Leaving Certificate Examination (including Day School Certificate (Higher) General paper), 1929
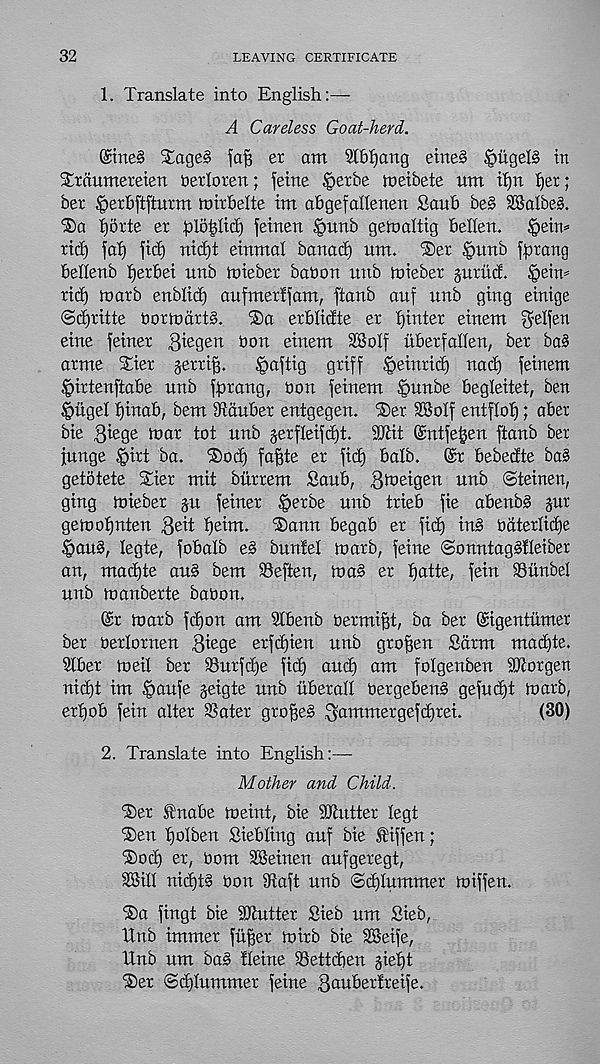
32
LEAVING CERTIFICATE
1. Translate into English:—
A Careless Goat-herd.
©ne§ Staged faf? er am Slfifjang eme§ |)ugel§ in
Sraumeretett berloren; feme §erbe meibete um tf)n l)er;
ber ^erbftfturm toirbelte im afigefallenen Sattb be§ 3®albe§.
iSa f)orte er folo^ltcJ) feinen §unb getoaltig bellen.
§em=
rid) fat) fid) nid)t einmal banad) um. ®er ^unb [prang
bellenb perbei unb mieber babon unb toieber jutitd. §ein=
rid) marb enblid) aufmerlfam, ftanb auf unb ging einige
©djritte bortotirtS.
®a erblidte er pinter eiuem f^elfen
eine feiner B^gen bon einem 28olf uberfallen, ber ba§
arme Xier jerrig.
Zaftig griff §einrid) nad) feinem
§irtenftabe unb fprang, bon feinem ^unbe begleitet, ben
|>ugel pinab, bem iftduber entgegen. ®er SBolf entflop; aber
bie B^ge bmr tot unb jerfleifcpt. fet (Sntfepen ftanb ber
[unge ^>irt ba. Steep fapte er ficp balb. @r bebedte ba§
getotete Slier mit burrem Saub, Bteeigen unb Steinen,
ging teieber ju feiner §erbe unb trieb fie abenb§ §ur
geteopnten Beit peim. S)ann begab er ficp in§ bdterliepe
§au§, legte, fobalb e§ buntel toarb, feine ©onntag§!leiber
an, maepte au§ bem SSeften, toa§ er patte, fein iBunbel
unb toanberte babon.
©r toarb fepon am Stbenb bermigt, ba ber ©igentiimer
ber berlornen Btege erfdpien unb grofjen Sdrm maepte.
Slber toeil ber SSurfcpe fitp aucp am folgenben Morgen
niept im §aufe jeigte unb liberall bergeben§ gefuept toarb,
erpob fein alter SSater gropes jammergefeprei.
(30)
2. Translate into English:—
Mother and Child.
S)er fnabe toeint, bie Gutter legt
S)en polben Siebling auf bie Stiffen;
Steep er, bom SBeinen aufgeregt,
SSill nicpt§ bon deaft unb ©dplummer toiffen.
S)a fingt bie Gutter Sieb um Steb,
Hub immer fuper toirb bie SBeife,
Unb um ba§ Heine ©ettepen §iept
S)er ©cplummer feine Banberfreife.